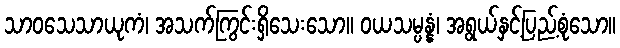
သာဝသေသာယုကံ၊ အသက်ကြွင်းရှိသေးသော။ ဝယသမ္ပန္နံ၊ အရွယ်နှင့်ပြည့်စုံသော။